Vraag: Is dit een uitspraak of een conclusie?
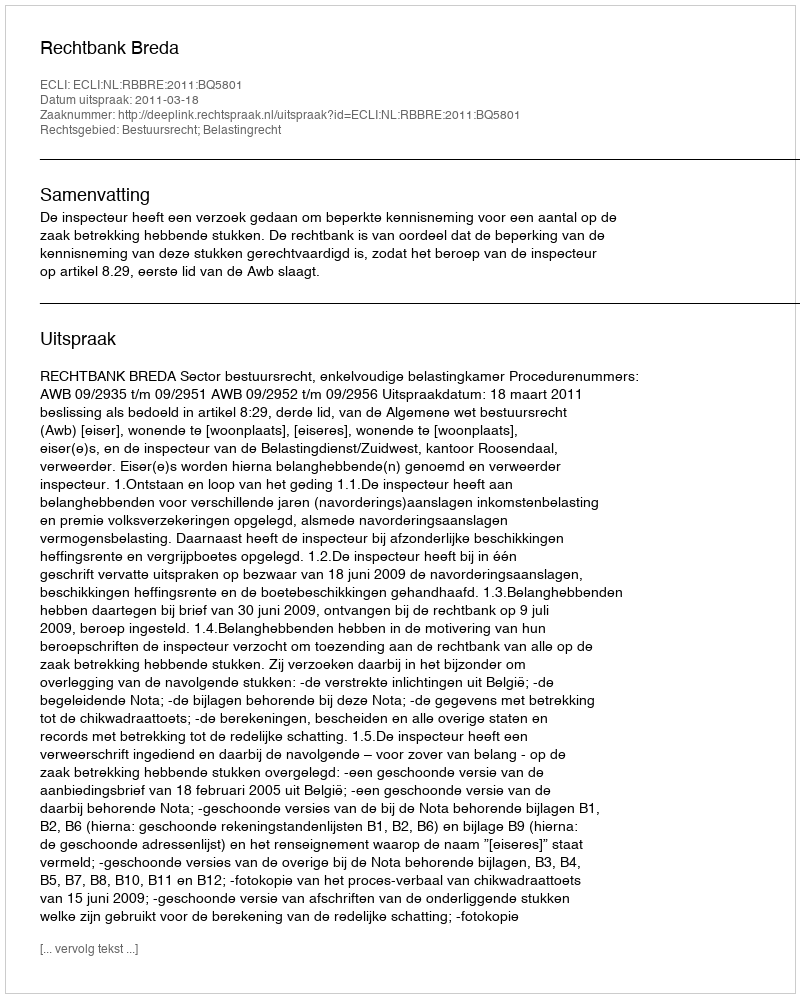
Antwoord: Uitspraak